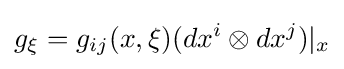
g_{\xi }=g_{ij}(x,\xi )(dx^{i}\otimes dx^{j})|_{x}